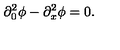
\partial _ { 0 } ^ { 2 } \phi - \partial _ { x } ^ { 2 } \phi = 0 .